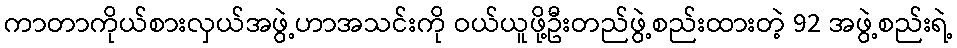
ကာတာကိုယ်စားလှယ်အဖွဲ့ဟာအသင်းကို ဝယ်ယူဖို့ဦးတည်ဖွဲ့စည်းထားတဲ့ 92 အဖွဲ့စည်းရဲ့